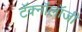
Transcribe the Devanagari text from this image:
टॅक्नॉलॉजी